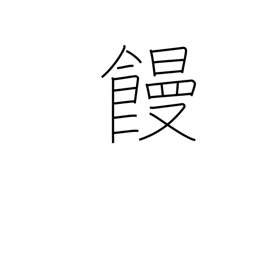
Meaning: manjuu